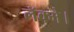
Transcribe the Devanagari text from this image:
लॅक्मे।